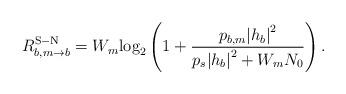
LaTeX: \begin{align*}R_{b,m \to b}^{\rm{S-N}} = {W_m}{\log _2}\left( {1 + \frac{{{p_{b,m}}{{\left| {{h_b}} \right|}^2}}}{{{p_s}{{\left| {{h_b}} \right|}^2} + {W_m}{N_0}}}} \right).\end{align*}